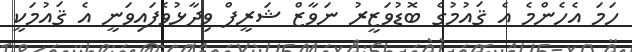
ހަމަ އެހެންމެ އެ ޤައުމުގެ ބޮޑުވަޒީރު ނަވާޒް ޝަރީފް ވިދާޅުވެފައިވަނީ އެ ޤައުމަކީ